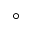
^ \circ